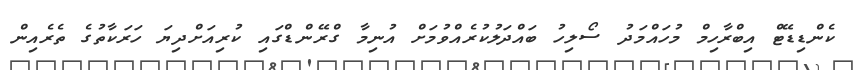
ކެންޑިޑޭޓް އިބްރާހިމް މުހައްމަދު ސޯލިހު ބައްދަލުކުރެއްވުމަށް އުނިމާ ގްރޭންޑްގައި ކުރިއަށްދިޔަ ހަރަކާތުގެ ތެރެއިން